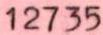
12735